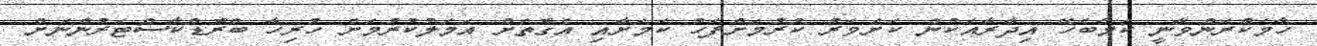
ހާމަކުރަންވާނީ ކަމާބެހޭ އިދާރާއަކުން ކަށަވަރު ކުރުމަށްފަހު ކަމަށާއި އެގޮތަށް އަމަލުކުރުމަށް ހުރިހާ ބްރޮޑްކާސްޓަރުންނަށް